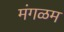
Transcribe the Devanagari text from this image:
मंगळम